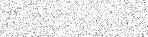
: